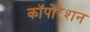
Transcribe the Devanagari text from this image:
कॉपोरेशन